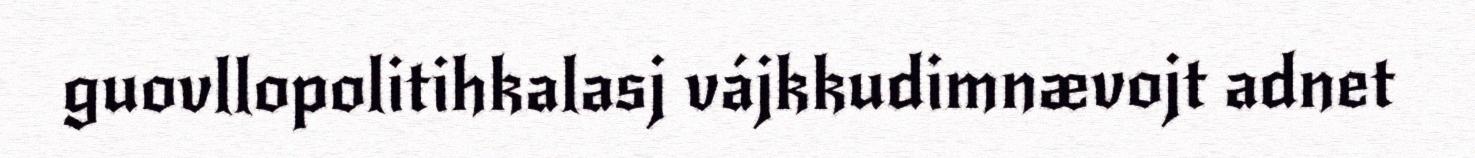
guovllopolitihkalasj vájkkudimnævojt adnet